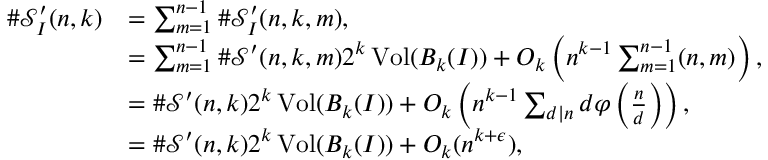
\begin{array} { r l } { \# \mathcal { S } _ { I } ^ { \prime } ( n , k ) } & { = \sum _ { m = 1 } ^ { n - 1 } \# \mathcal { S } _ { I } ^ { \prime } ( n , k , m ) , } \\ & { = \sum _ { m = 1 } ^ { n - 1 } \# \mathcal { S } ^ { \prime } ( n , k , m ) 2 ^ { k } \operatorname { V o l } ( B _ { k } ( I ) ) + O _ { k } \left( n ^ { k - 1 } \sum _ { m = 1 } ^ { n - 1 } ( n , m ) \right) , } \\ & { = \# \mathcal { S } ^ { \prime } ( n , k ) 2 ^ { k } \operatorname { V o l } ( B _ { k } ( I ) ) + O _ { k } \left( n ^ { k - 1 } \sum _ { d | n } d \varphi \left( \frac { n } { d } \right) \right) , } \\ & { = \# \mathcal { S } ^ { \prime } ( n , k ) 2 ^ { k } \operatorname { V o l } ( B _ { k } ( I ) ) + O _ { k } ( n ^ { k + \epsilon } ) , } \end{array}